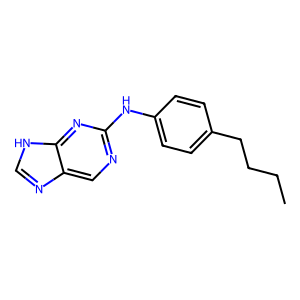
SMILES: CCCCc1ccc(Nc2ncc3nc[nH]c3n2)cc1
Inhibits HIV replication: No